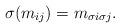
LaTeX: \begin{align*} \sigma(m_{ij}) = m_{\sigma i\sigma j}. \end{align*}